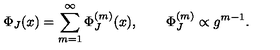
\Phi _ { J } ( x ) = \sum _ { m = 1 } ^ { \infty } \Phi _ { J } ^ { ( m ) } ( x ) , \qquad \Phi _ { J } ^ { ( m ) } \propto g ^ { m - 1 } .